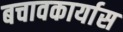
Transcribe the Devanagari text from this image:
बचावकार्यास